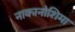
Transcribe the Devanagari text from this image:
नाकानोशिमा